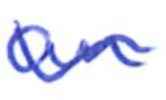
Text: an
Cross-out: wave
Writing tool: ballpoint